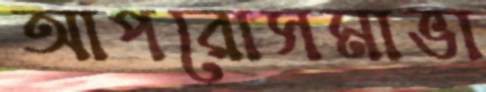
আপরোসমাভা